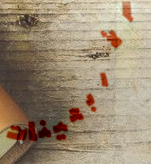
الأربعينات